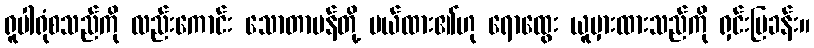
ရူပါရုံစသည်ကို လည်းကောင်း သောတာပန်တို့ ပယ်ထား၏ဟု ရောထွေး ယူမှားထားသည်ကို ရှင်းပြခန်း။